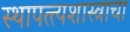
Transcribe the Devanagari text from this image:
स्थापत्त्यशास्त्राचा